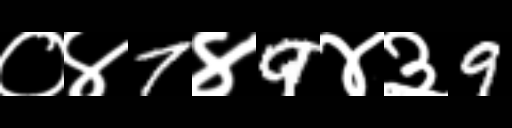
Text: ०४7४9४३9